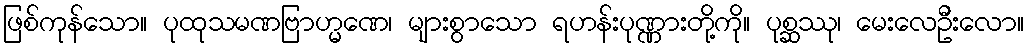
ဖြစ်ကုန်သော။ ပုထုသမဏဗြာဟ္မဏေ၊ များစွာသော ရဟန်းပုဏ္ဏားတို့ကို။ ပုစ္ဆဿု၊ မေးလေဦးလော။